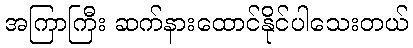
အကြာကြီး ဆက်နားထောင်နိုင်ပါသေးတယ်